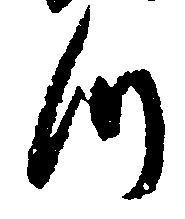
つ